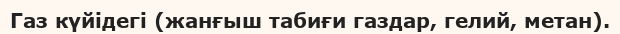
Газ күйідегі (жанғыш табиғи газдар, гелий, метан).